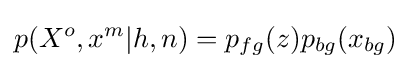
p(X^{o},x^{m}|h,n)=p_{fg}(z)p_{bg}(x_{bg})